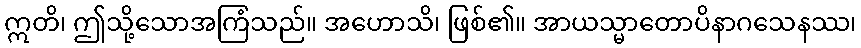
ဣတိ၊ ဤသို့သောအကြံသည်။ အဟောသိ၊ ဖြစ်၏။ အာယသ္မာတောပိနာဂသေနဿ၊